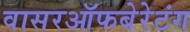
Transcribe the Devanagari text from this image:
वासरऑफबेरेटंग